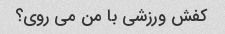
کفش ورزشی با من می روی؟